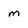
Character: m